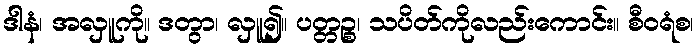
ဒါနံ၊ အလှူကို။ ဒတွာ၊ လှူ၍။ ပတ္တဉ္စ၊ သပိတ်ကိုလည်းကောင်း။ စီဝရံစ၊